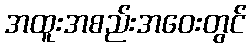
အထူးအစည်းအဝေးတွင်